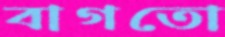
বাগতো